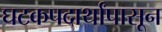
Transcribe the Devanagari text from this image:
घटकपदार्थांपासून